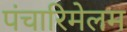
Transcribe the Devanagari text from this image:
पंचारिमेलम